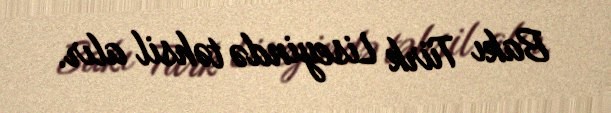
Bakı Türk Liseyində təhsil alır.